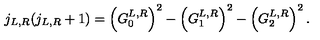
j _ { L , R } ( j _ { L , R } + 1 ) = \left( G _ { 0 } ^ { L , R } \right) ^ { 2 } - \left( G _ { 1 } ^ { L , R } \right) ^ { 2 } - \left( G _ { 2 } ^ { L , R } \right) ^ { 2 } .